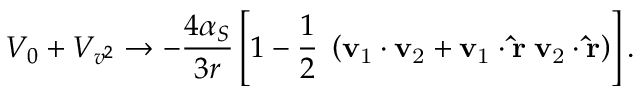
V _ { 0 } + V _ { v ^ { 2 } } \rightarrow - \frac { 4 \alpha _ { S } } { 3 r } \left[ 1 - \frac { 1 } { 2 } \; \left( \bf v _ { \mathrm { 1 } } \cdot v _ { \mathrm { 2 } } + v _ { \mathrm { 1 } } \cdot \hat { r } \; v _ { \mathrm { 2 } } \cdot \hat { r } \right) \right] .